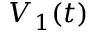
V _ { 1 } ( t )